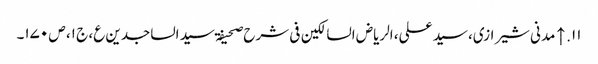
۱۱. ↑ مدنی شیرازی، سید علی، الریاض السالکین فی شرح صحیفۃ سید الساجدین ع، ج ۱، ص ۱۷۰۔